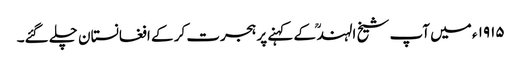
۱۹۱۵ ء میں آپ شیخ الہند ؒ کے کہنے پر ہجرت کر کے افغانستان چلے گئے۔